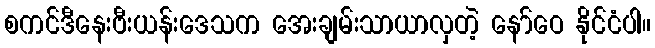
စကင်ဒီနေးဗီးယန်းဒေသက အေးချမ်းသာယာလှတဲ့ နော်ဝေ နိုင်ငံပါ။